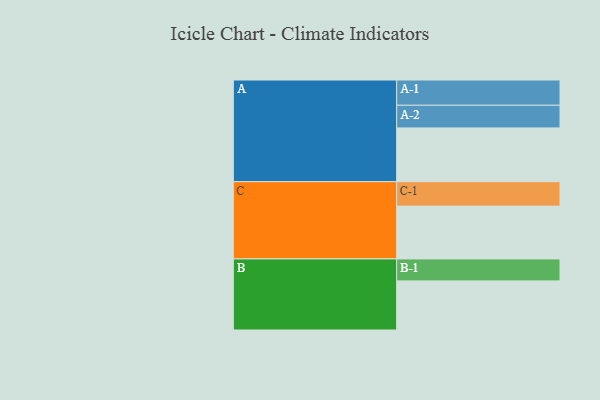
{"axis": {"x": "Segment", "y": "Value"}, "legend": ["", "A", "B", "C"], "data": [{"x": "A", "y": 536, "type": ""}, {"x": "B", "y": 490, "type": ""}, {"x": "C", "y": 527, "type": ""}, {"x": "A-1", "y": 252, "type": "A"}, {"x": "A-2", "y": 226, "type": "A"}, {"x": "B-1", "y": 219, "type": "B"}, {"x": "C-1", "y": 244, "type": "C"}]}